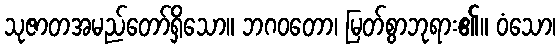
သုဇာတအမည်တော်ရှိသော။ ဘဂဝတော၊ မြတ်စွာဘုရား၏။ ဝံသော၊